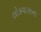
લોકવાસના